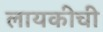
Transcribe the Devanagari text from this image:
लायकीची